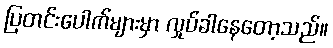
ပြတင်းပေါက်များမှာ လှုပ်ခါနေတော့သည်။